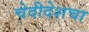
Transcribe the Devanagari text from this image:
चेदीदेशचा